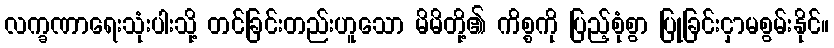
လက္ခဏာရေးသုံးပါးသို့ တင်ခြင်းတည်းဟူသော မိမိတို့၏ ကိစ္စကို ပြည့်စုံစွာ ပြုခြင်းငှာမစွမ်းနိုင်။